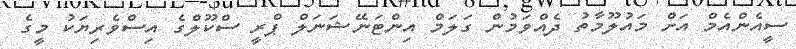
ސީއެންއެމް އަށް މައުލޫމާތު ދެއްވަމުން ގަލަމް އިންޓަނޭޝަނަލް ޕްރީ ސްކޫލްގެ އިސްވެރިޔަކު މީގެ